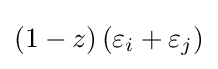
\left(1-z\right)\left(\varepsilon _{i}+\varepsilon _{j}\right)